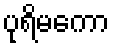
ပုရိမကော